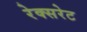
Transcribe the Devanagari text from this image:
रेक्सरेट